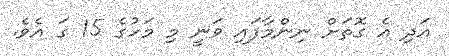
އަދި އެ ގޮތަށް ނިންމާފައި ވަނީ މި މަހުގެ 15 ގަ އެވެ.